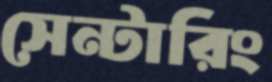
সেন্টারিং